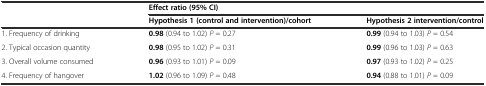
<table><thead><tr><td>[EMPTY_CELL]</td><td colspan="2"><b>Effect ratio (95% CI)</b></td></tr><tr><td>[EMPTY_CELL]</td><td><b>Hypothesis 1 (control and intervention)/cohort</b></td><td><b>Hypothesis 2 intervention/control</b></td></tr></thead><tbody><tr><td>1. Frequency of drinking</td><td><b>0.98</b> (0.94 to 1.02) <i>P</i> = 0.27</td><td><b>0.99</b> (0.94 to 1.03) <i>P</i> = 0.54</td></tr><tr><td>2. Typical occasion quantity</td><td><b>0.98</b> (0.95 to 1.02) <i>P</i> = 0.31</td><td><b>0.99</b> (0.96 to 1.03) <i>P</i> = 0.63</td></tr><tr><td>3. Overall volume consumed</td><td><b>0.96</b> (0.93 to 1.01) <i>P</i> = 0.09</td><td><b>0.97</b> (0.93 to 1.02) <i>P</i> = 0.25</td></tr><tr><td>4. Frequency of hangover</td><td><b>1.02</b> (0.96 to 1.09) <i>P</i> = 0.48</td><td><b>0.94</b> (0.88 to 1.01) <i>P</i> = 0.09</td></tr></tbody></table>